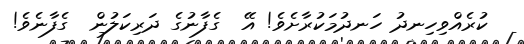
ކުރެއްވިހިނދު ހަނދުމަކުރާށެވެ! އޭ  ގެފާނުގެ ދަރިކަލުން  ގެފާނެވެ!